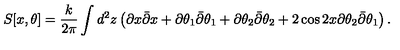
S [ x , \theta ] = \frac { k } { 2 \pi } \int d ^ { 2 } z \left( \partial x \bar { \partial } x + \partial \theta _ { 1 } \bar { \partial } \theta _ { 1 } + \partial \theta _ { 2 } \bar { \partial } \theta _ { 2 } + 2 \cos { 2 x } \partial \theta _ { 2 } \bar { \partial } \theta _ { 1 } \right) .